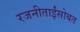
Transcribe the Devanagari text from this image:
रजनीताईंसोबत